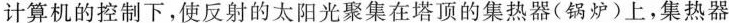
计算机的控制下，使反射的太阳光聚集在塔顶的集热器(锅炉)上，集热器